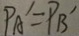
P A ^ { \prime } = P B ^ { \prime }